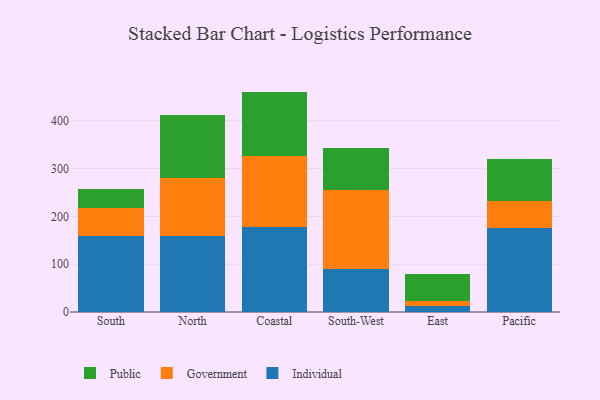
{"axis": {"x": "Region", "y": "Tickets Resolved"}, "legend": ["Government", "Individual", "Public"], "data": [{"x": "South", "y": 158.5, "type": "Individual"}, {"x": "South", "y": 58.4, "type": "Government"}, {"x": "South", "y": 41.1, "type": "Public"}, {"x": "North", "y": 159.5, "type": "Individual"}, {"x": "North", "y": 121.3, "type": "Government"}, {"x": "North", "y": 132.0, "type": "Public"}, {"x": "Coastal", "y": 177.6, "type": "Individual"}, {"x": "Coastal", "y": 147.7, "type": "Government"}, {"x": "Coastal", "y": 135.7, "type": "Public"}, {"x": "South-West", "y": 90.6, "type": "Individual"}, {"x": "South-West", "y": 164.3, "type": "Government"}, {"x": "South-West", "y": 87.5, "type": "Public"}, {"x": "East", "y": 12.1, "type": "Individual"}, {"x": "East", "y": 10.5, "type": "Government"}, {"x": "East", "y": 56.4, "type": "Public"}, {"x": "Pacific", "y": 175.5, "type": "Individual"}, {"x": "Pacific", "y": 55.7, "type": "Government"}, {"x": "Pacific", "y": 89.2, "type": "Public"}]}